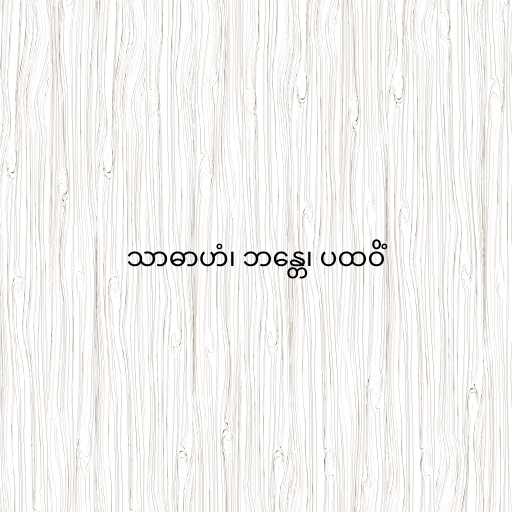
သာဓာဟံ၊ ဘန္တေ၊ ပထဝိံ